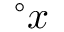
{ } ^ { \circ } x